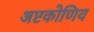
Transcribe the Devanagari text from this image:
अष्टकोणिय